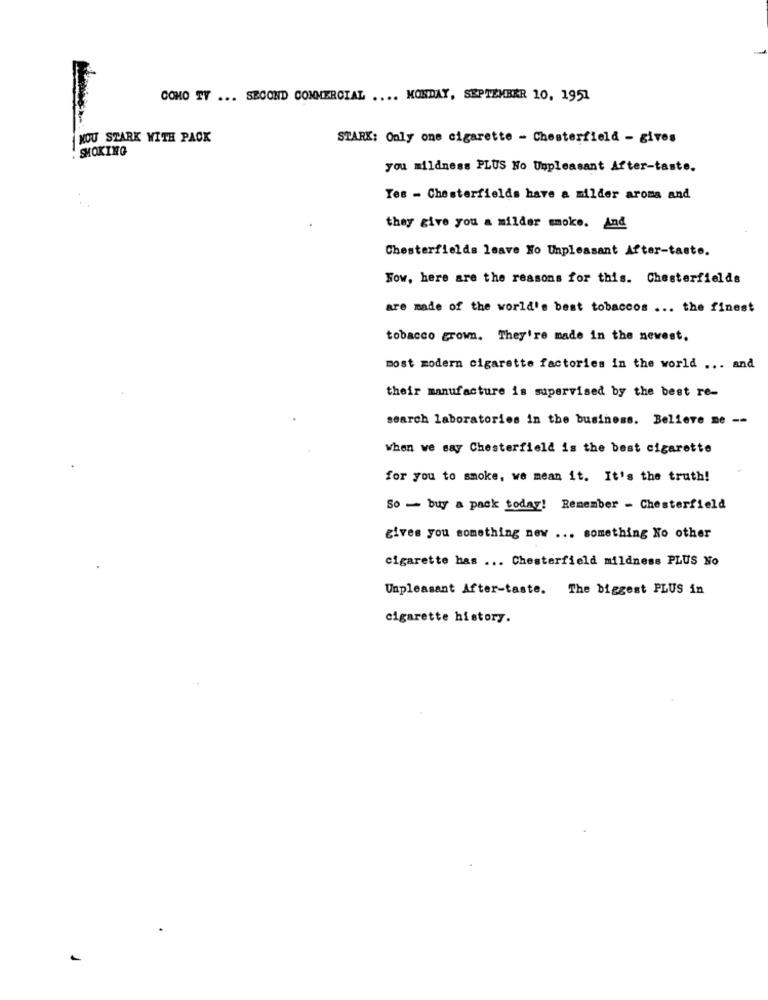
COMO TY ... SECOND COMMERCIAL .... MONDAY, SEPTEMBER 10, 1951
NOU STARK WITH PACK
STARK: Only one cigarette - Chesterfield - gives
SMOKING
you mildness PLUS No Unpleasant After-taste.
Tes - Chesterfields have a milder aroma and
they give you a milder smoke. And
Chesterfields leave No Unpleasant After-taste.
Fow, here are the reasons for this. Chesterfields
are made of the world's best tobaccos ... the finest
tobacco grown. They're made in the newest.
most modern cigarette factories in the world ... and
their manufacture is supervised by the best re-
search laboratories in the business. Believe me --
when we say Chesterfield is the best cigarette
0
for you to smoke, we mean it. It's the truth!
So - buy a pack today! Remember - Chesterfield
gives you something new ... something No other
cigarette has ... Chesterfield mildness PLUS No
Unpleasant After-taste. The biggest PLUS in
cigarette history.